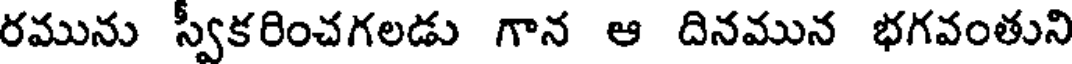
రమును స్వీకరించగలడు గాన ఆ దినమున భగవంతుని